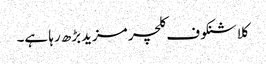
کلاشنکوف کلچر مزیدبڑھ رہا ہے۔